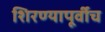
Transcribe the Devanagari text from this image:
शिरण्यापूर्वीच